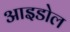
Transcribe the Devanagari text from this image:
आइडोल